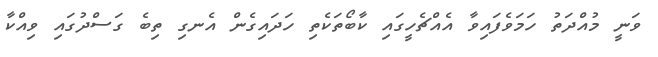
ވަނީ މުއްދަތު ހަމަވެފައިވާ އެއްޗެހީގައި ކާބޯތަކެތި ހަދައިގެން އެނގި ތިބެ ގަސްދުގައި ވިއްކާ